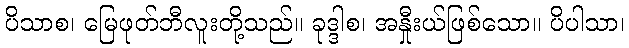
ပိသာစ၊ မြေဖုတ်ဘီလူးတို့သည်။ ခုဒ္ဒါစ၊ အနှီုးယ်ဖြစ်သော။ ပိပါသာ၊